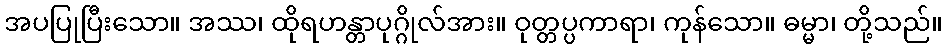
အပပြုပြီးသော။ အဿ၊ ထိုရဟန္တာပုဂ္ဂိုလ်အား။ ဝုတ္တပ္ပကာရာ၊ ကုန်သော။ ဓမ္မာ၊ တို့သည်။